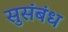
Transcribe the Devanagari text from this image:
सुसंबंध